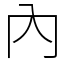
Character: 內